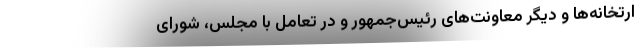
ارتخانه‌ها و دیگر معاونت‌های رئیس‌جمهور و در تعامل با مجلس، شورای